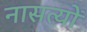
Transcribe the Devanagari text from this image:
नासत्यों